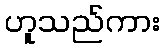
ဟူသည်ကား